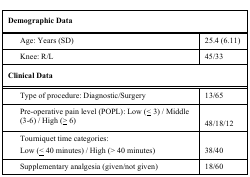
<table><thead><tr><td colspan="2"><b>Demographic Data</b></td></tr></thead><tbody><tr><td> Age: Years (SD)</td><td>25.4 (6.11)</td></tr><tr><td> Knee: R/L</td><td>45/33</td></tr><tr><td><b>Clinical Data</b></td></tr><tr><td> Type of procedure: Diagnostic/Surgery</td><td>13/65</td></tr><tr><td> Pre-operative pain level (POPL): Low (≤ 3) / Middle (3-6) / High (≤ 6)</td><td>48/18/12</td></tr><tr><td> Tourniquet time categories: Low (≤ 40 minutes) / High (&gt; 40 minutes)</td><td>38/40</td></tr><tr><td> Supplementary analgesia (given/not given)</td><td>18/60</td></tr></tbody></table>